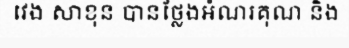
វេង សាខុន បានថ្លែងអំណរគុណ និង